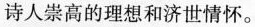
诗人崇高的理想和济世情怀。